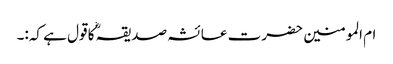
ام المومنین حضرت عائشہ صدیقہؓ کا قول ہے کہ:۔